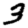
Digit: 3